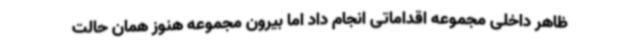
ظاهر داخلی مجموعه اقداماتی انجام داد اما بیرون مجموعه هنوز همان حالت